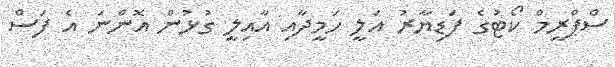
ސްޕްރީމް ކޯޓުގެ ފަޑިޔާރު އަލީ ހަމީދާއި އާއިލީ ގުޅުން އޮންނަ އެ ފަސް